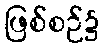
ဖြစ်စဉ်၌